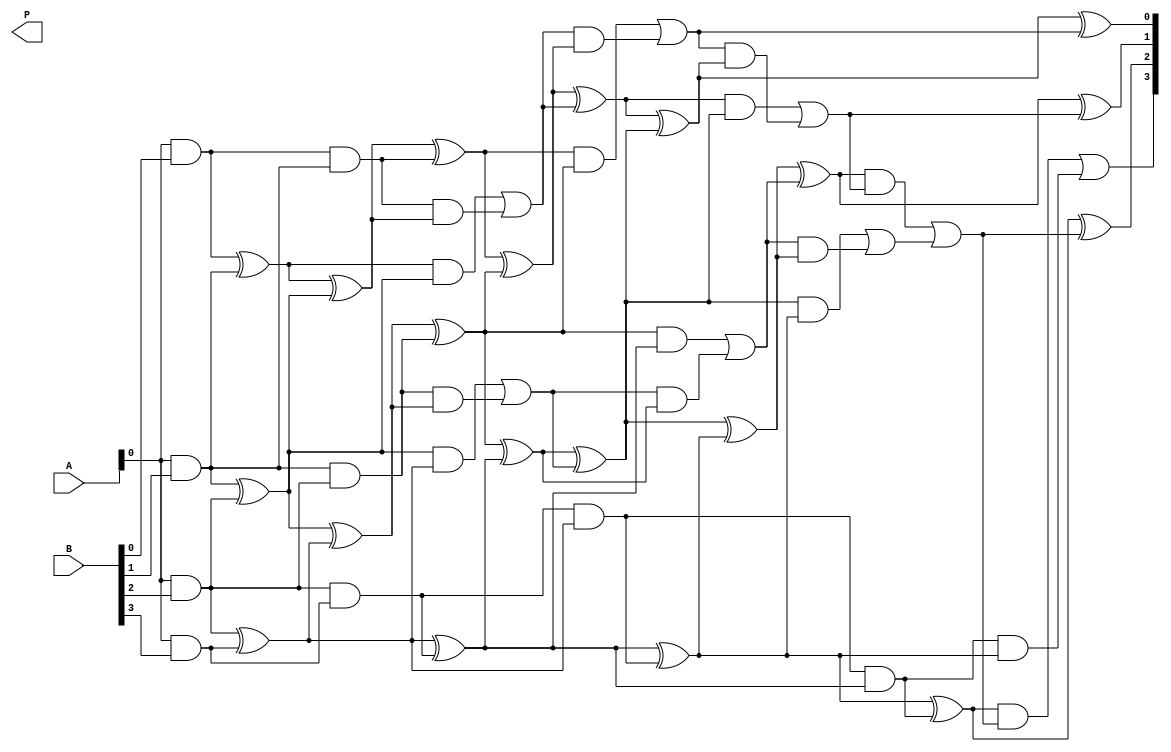
module wallace_tree_multiplier #(parameter N = 4) (
    input [N-1:0] A,
    input [N-1:0] B,
    output reg [2*N-1:0] P
);

    // Generate partial products
    wire [N-1:0] pp [0:N-1]; // Partial products
    genvar i;
    generate
        for (i = 0; i < N; i = i + 1) begin : pp_gen
            assign pp[i] = A & {N{B[i]}};
        end
    endgenerate

    // Reduction stage
    wire [N-1:0] sum [0:N-1]; // Sums at each level
    wire [N-1:0] carry [0:N-1]; // Carries at each level

    // Initial stage (first level of reduction)
    generate
        for (i = 0; i < N; i = i + 1) begin : first_level
            if (i < N-1) begin
                assign sum[0][i] = pp[i][0] ^ pp[i+1][0];
                assign carry[0][i] = pp[i][0] & pp[i+1][0];
            end else begin
                assign sum[0][i] = pp[i][0];
                assign carry[0][i] = 1'b0;
            end
        end
    endgenerate

    // Wallace tree reduction
    genvar j;
    for (j = 1; j < N; j = j + 1) begin : reduction
        for (i = 0; i < N; i = i + 1) begin : adder
            if (i < N-1) begin
                wire a = sum[j-1][i];
                wire b = (i < N-2) ? sum[j-1][i+1] : 1'b0;
                wire c = carry[j-1][i];

                assign sum[j][i] = a ^ b ^ c;
                assign carry[j][i] = (a & b) | (c & (a ^ b));
            end else begin
                assign sum[j][i] = (i < N-1) ? sum[j-1][i] : 1'b0;
                assign carry[j][i] = (i < N-1) ? carry[j-1][i] : 1'b0;
            end
        end
    end

    // Final addition
    wire [2*N-1:0] final_sum;
    wire [2*N-1:0] final_carry;

    assign final_sum[0] = sum[N-1][0];
    assign final_carry[0] = carry[N-1][0];

    for (i = 1; i < 2*N; i = i + 1) begin
        assign final_sum[i] = sum[N-1][i] ^ final_carry[i-1];
        assign final_carry[i] = (sum[N-1][i] & final_carry[i-1]) | carry[N-1][i];
    end

    // Assign final product
    always @(*) begin
        P = final_sum;
    end

endmodule